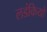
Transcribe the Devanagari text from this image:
लडंकियो